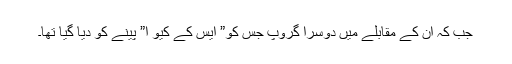
جب کہ ان کے مقابلے میں دوسرا گروپ جس کو” ایس کے کیو ا” پینے کو دیا گیا تھا۔